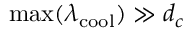
\operatorname* { m a x } ( \lambda _ { \mathrm { c o o l } } ) \gg d _ { c }